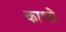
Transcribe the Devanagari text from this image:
काप्पो